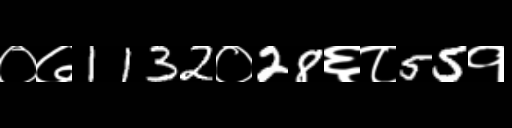
Text: ०७1132०28६८55१